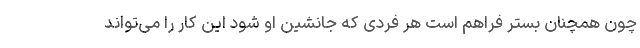
چون همچنان بستر فراهم است هر فردی که جانشین او شود این کار را می‌تواند